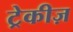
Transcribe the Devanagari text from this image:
ट्रेकीज़